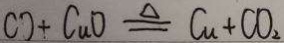
C O + C u O \xlongequal { \Delta } C u + C O _ { 2 }